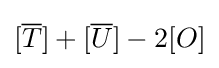
[{\overline {T}}]+[{\overline {U}}]-2[O]